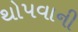
થોપવાની